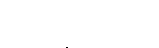
ဥပေက္ခာ ၂-မျိုး။